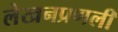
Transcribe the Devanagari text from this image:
लेखनप्रणली